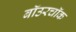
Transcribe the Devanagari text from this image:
बॉउरचॉक